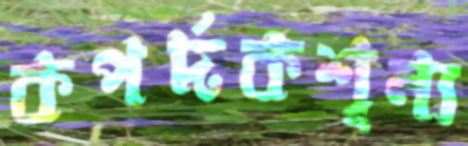
কপর্দকশূন্য